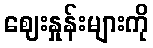
ဈေးနှုန်းများကို